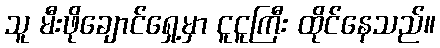
သူ မီးဖိုချောင်ရှေ့မှာ ငူငူကြီး ထိုင်နေသည်။